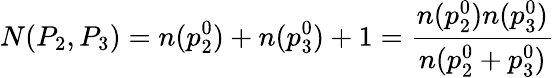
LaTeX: N(P_{2},P_{3})=n(p_{2}^{0})+n(p_{3}^{0})+1={\frac{n(p_{2}^{0})n(p_{3}^{0})}{n(p_{2}^{0}+p_{3}^{0})}}